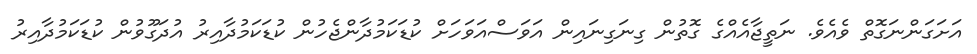
އަށަގަންނަގޮތް ވެއެވެ. ނަތީޖާއެއްގެ ގޮތުން ގިނަގިނައިން އަވަސްއަވަހަށް ކުޑަކަމުދާންޖެހުން ކުޑަކަމުދާއިރު އުދަގޫވުން ކުޑަކަމުދާއިރު